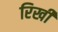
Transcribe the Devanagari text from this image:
रिखी